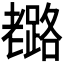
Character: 𦓉